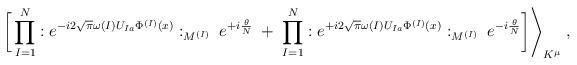
LaTeX: \begin{align*}\bigg[ \prod_{I=1}^N: e^{- i 2 \sqrt{\pi} \omega{(I)} U_{I a} \Phi^{(I)}(x)}:_{M^{(I)}} \; e^{+ i \frac{\theta}{N}} \; + \; \prod_{I=1}^N: e^{+ i 2 \sqrt{\pi} \omega{(I)} U_{I a} \Phi^{(I)}(x)}:_{M^{(I)}} \; e^{- i \frac{\theta}{N}} \bigg] \Bigg\rangle_{K^\mu} \; ,\end{align*}